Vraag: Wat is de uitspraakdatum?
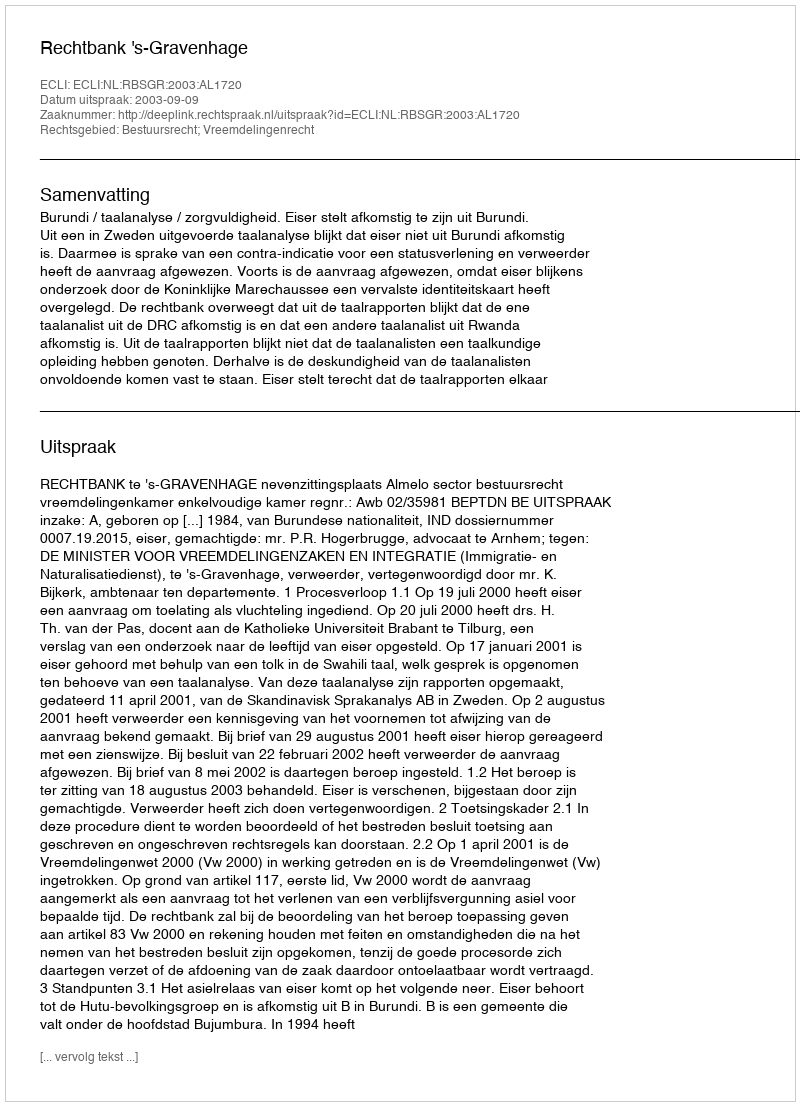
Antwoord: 2003-09-09